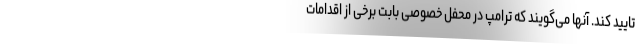
تایید کند. آنها می‌گویند که ترامپ در محفل خصوصی بابت برخی از اقدامات